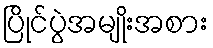
ပြိုင်ပွဲအမျိုးအစား